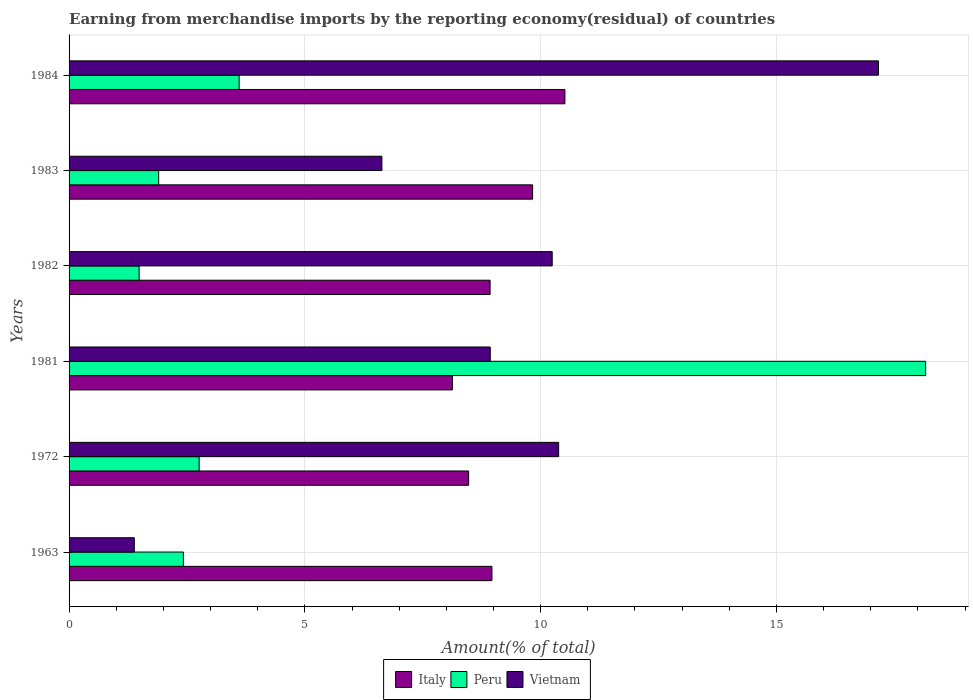
| Years | Italy | Peru | Vietnam |
 | --- | --- | --- | --- |
 | 1963 | 8.97 | 2.42 | 1.38 |
 | 1972 | 8.47 | 2.76 | 10.4 |
 | 1981 | 8.13 | 18.2 | 8.93 |
 | 1982 | 8.93 | 1.49 | 10.2 |
 | 1983 | 9.83 | 1.9 | 6.63 |
 | 1984 | 10.5 | 3.61 | 17.2 |